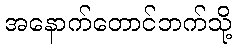
အနောက်တောင်ဘက်သို့